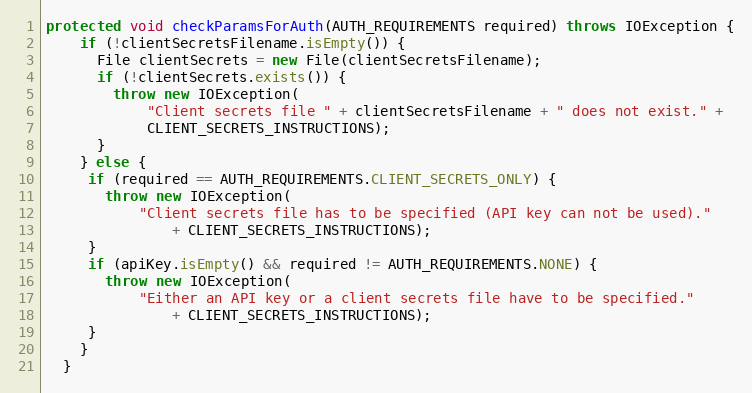
Language: Java
protected void checkParamsForAuth(AUTH_REQUIREMENTS required) throws IOException {
    if (!clientSecretsFilename.isEmpty()) {
      File clientSecrets = new File(clientSecretsFilename);
      if (!clientSecrets.exists()) {
        throw new IOException(
            "Client secrets file " + clientSecretsFilename + " does not exist." +
            CLIENT_SECRETS_INSTRUCTIONS);
      }
    } else {
     if (required == AUTH_REQUIREMENTS.CLIENT_SECRETS_ONLY) {
       throw new IOException(
           "Client secrets file has to be specified (API key can not be used)."
               + CLIENT_SECRETS_INSTRUCTIONS);
     }
     if (apiKey.isEmpty() && required != AUTH_REQUIREMENTS.NONE) {
       throw new IOException(
           "Either an API key or a client secrets file have to be specified."
               + CLIENT_SECRETS_INSTRUCTIONS);
     }
    }
  }